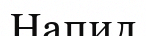
Напил